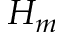
H _ { m }